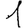
Digit: 1